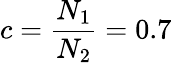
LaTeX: c=\frac{N_{1}}{N_{2}}=0.7